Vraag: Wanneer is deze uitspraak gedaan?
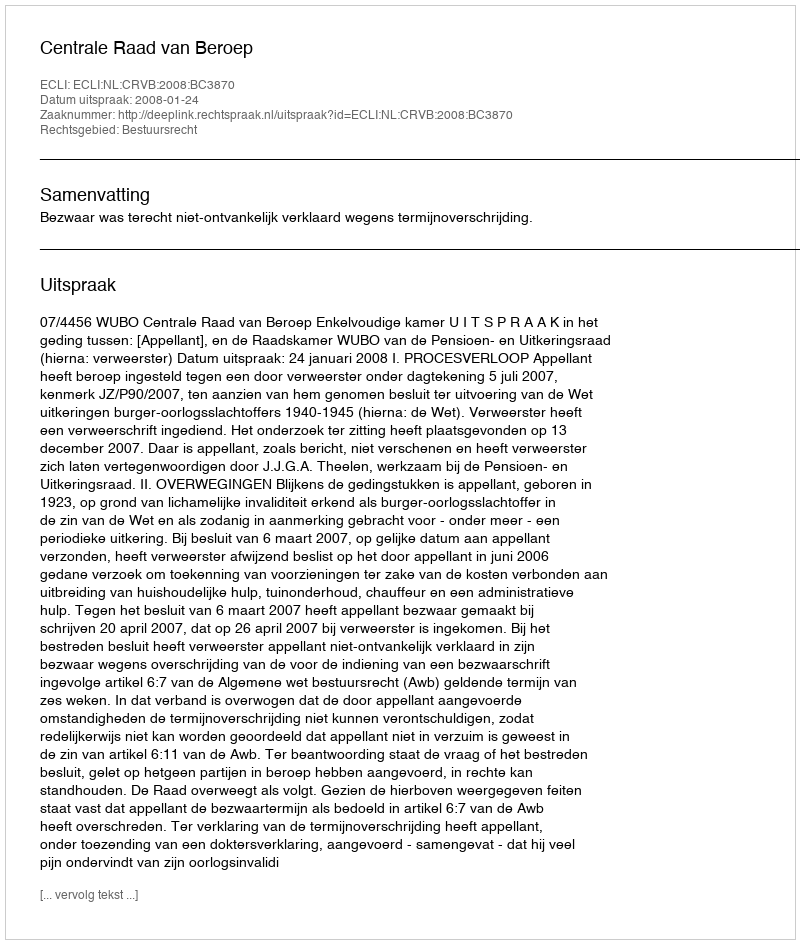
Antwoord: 2008-01-24